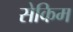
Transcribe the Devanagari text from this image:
सेकिम